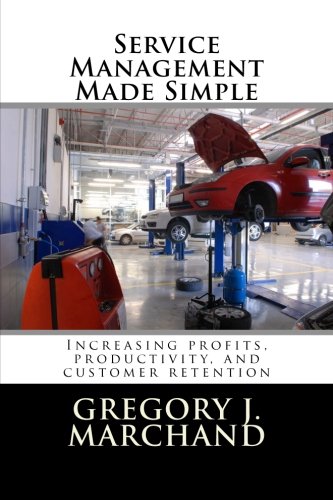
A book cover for Service Management Made Simple; Gregory J Marchand; Business & Money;